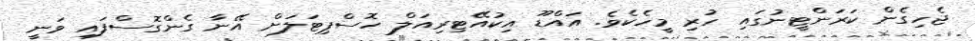
ޖެހިގެން ކަރަންޓީނުގައި ހުރި މީހެކެވެ. އައްޑޫ އިކުއޭޓިރިއަލް ހޮސްޕިޓަލަށް އޭނާ ގެންގޮސްފައި ވަނީ